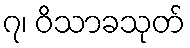
၇၊ ဝိသာခသုတ်